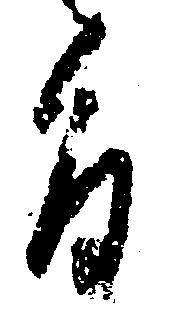
旨